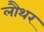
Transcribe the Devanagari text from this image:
लौथर